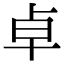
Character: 卓